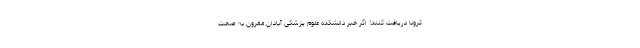
کرونا دریافت کنند! اگر خبر دانشکده علوم پزشکی آبادان مقرون به صحت